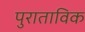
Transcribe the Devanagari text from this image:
पुराताविक